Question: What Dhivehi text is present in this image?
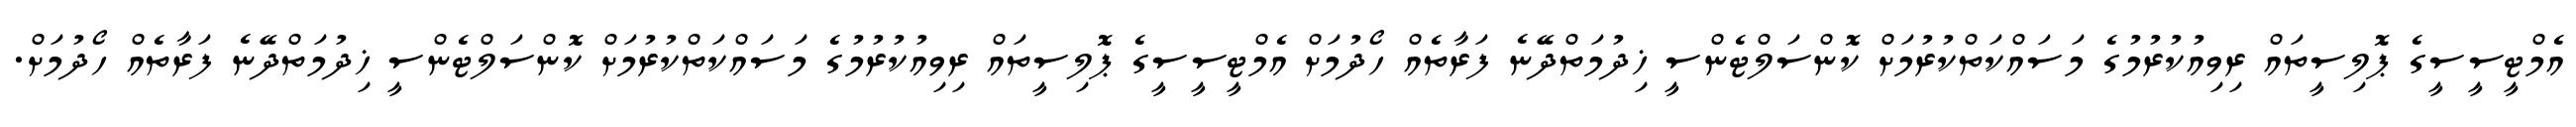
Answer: އެމްޓީސީސީގެ ޕޮލިސީތައް ރިވިއުކުރުމުގެ މަސައްކަތްކުރުމަށް ކޮންސަލްޓެންސީ ޚިދުމަތްދޭނެ ފަރާތެއް ހޯދުމަށް އެމްޓީސީސީގެ ޕޮލިސީތައް ރިވިއުކުރުމުގެ މަސައްކަތްކުރުމަށް ކޮންސަލްޓެންސީ ޚިދުމަތްދޭނެ ފަރާތެއް ހޯދުމަށް.